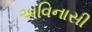
અવિનાસી